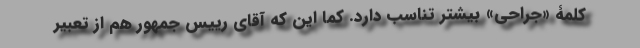
کلمۀ «جراحی» بیشتر تناسب دارد. کما این که آقای رییس جمهور هم از تعبیر